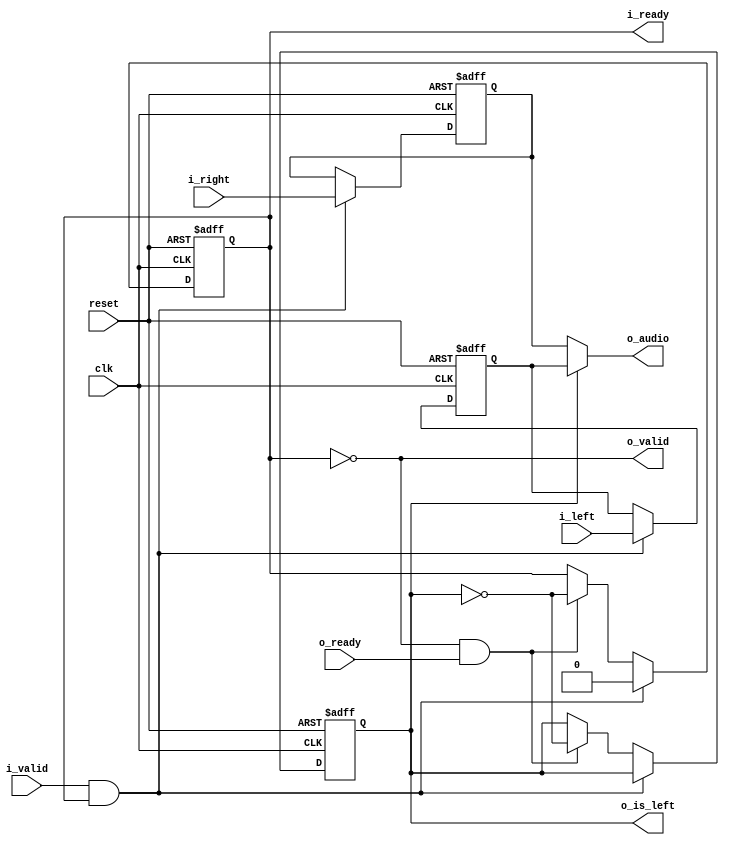
`default_nettype none

module stereo_audio_serializer #(parameter audio_width = 32)(
    input wire reset,
    input wire clk,
    input wire i_valid,
    output reg i_ready,
    input wire [audio_width-1:0] i_left,
    input wire [audio_width-1:0] i_right,
    output wire o_valid,
    input wire o_ready,
    output reg o_is_left,
    output wire [audio_width-1:0] o_audio);

    reg [audio_width-1:0] right;
    reg [audio_width-1:0] left;
    
    assign o_audio = o_is_left ? left : right;
    assign o_valid = !i_ready;

    always @(posedge clk or posedge reset) begin
        if (reset) begin
            i_ready <= 1'b1;
            o_is_left <= 1'b1;
            right <= 0;
            left <= 0;
        end else begin
            if (i_valid && i_ready) begin
                i_ready <= 1'b0;
                right <= i_right;
                left <= i_left;
            end else if (o_valid && o_ready) begin
                o_is_left <= !o_is_left;
                i_ready <= !o_is_left;
            end
        end
    end
endmodule